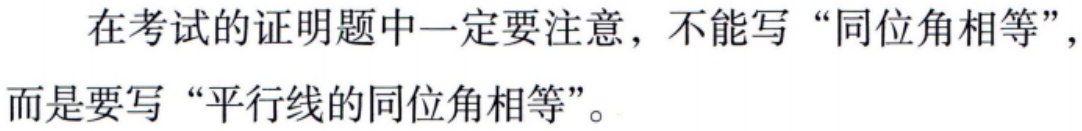
在考试的证明题中一定要注意，不能写“同位角相等”，而是要写“平行线的同位角相等”。